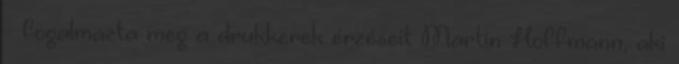
- fogalmazta meg a drukkerek érzéseit Martin Hoffmann, aki